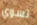
تسوي